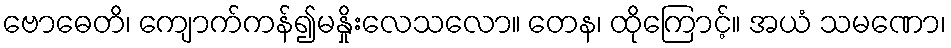
ဗောဓေတိ၊ ကျောက်ကန်၍မနှိုးလေသလော။ တေန၊ ထိုကြောင့်။ အယံ သမဏော၊